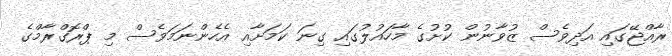
ރާއްޖޭގައި އަދިވެސް ޒުވާނުން ކުށުގެ މާހައުލުގައި ގިނަ ކަމަށާއި އެހެންނަމަވެސް މި ޕްރޮގްރާމްގެ